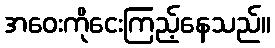
အဝေးကိုငေးကြည့်နေသည်။